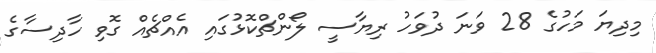
މިދިޔަ މަހުގެ 28 ވަނަ ދުވަހު ރިޔާސީ ލޯންޗްކޮޅުގައި އެއްޗެއް ގޮވި ހާދިސާގެ